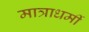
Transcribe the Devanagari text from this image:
मात्राधर्मी